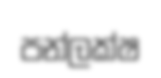
පන්ලක්ෂ